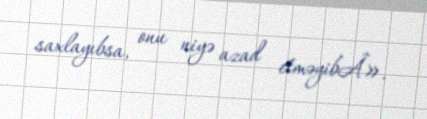
saxlayıbsa, onu niyə azad etməyibÂ».